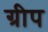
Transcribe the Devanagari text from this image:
ग्रीप